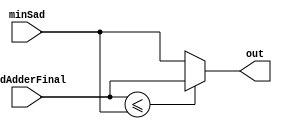
`timescale 1ns / 1ps
//////////////////////////////////////////////////////////////////////////////////
// Competition: 
// Alan Manuel Loreto Cornidez 33%
// Christopher Bremser 33 %
// Haseeb Irfan 33%
// Ali Akoglu 1% 
// Lets Finish Strong!
//////////////////////////


module Comparitor(
sadAdderFinal,
minSad,
out

    );
    
    
    input [31:0] sadAdderFinal;
    input [31:0] minSad; 
    output reg [31:0]out;
    
    
    always@ (*) begin
    if (sadAdderFinal <=  minSad) begin
    
    out <= sadAdderFinal; 
    
    end
    else begin
    out <= minSad;
    end
    end
endmodule